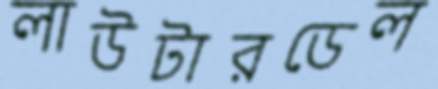
লাউটারডেল